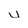
Character: u